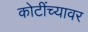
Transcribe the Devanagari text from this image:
कोटींच्यावर